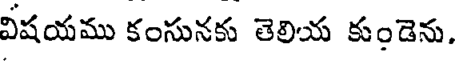
విషయము కంసునకు తెలియ కుండెను.